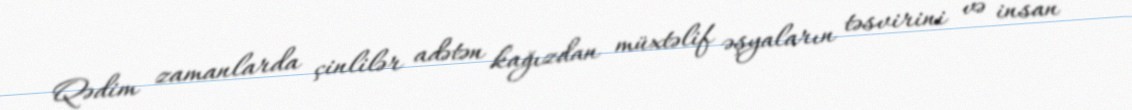
Qədim zamanlarda çinlilər adətən kağızdan müxtəlif əşyaların təsvirini və insan